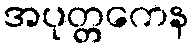
အပုတ္တကေန